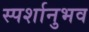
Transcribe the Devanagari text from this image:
स्पर्शानुभव